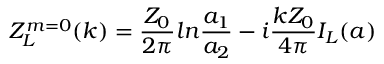
Z _ { L } ^ { m = 0 } ( k ) = \frac { Z _ { 0 } } { 2 \pi } l n \frac { a _ { 1 } } { a _ { 2 } } - i \frac { k Z _ { 0 } } { 4 \pi } I _ { L } ( a )